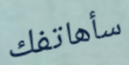
سأهاتفك